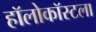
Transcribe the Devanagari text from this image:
हॉलोकॉस्टला